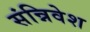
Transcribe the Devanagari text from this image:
संन्निवेश